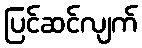
ပြင်ဆင်လျက်